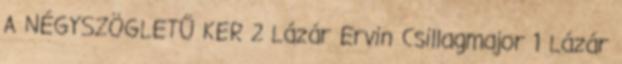
A NÉGYSZÖGLETŰ KER 2 Lázár Ervin Csillagmajor 1 Lázár